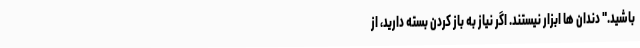
باشید." دندان ها ابزار نیستند. اگر نیاز به باز کردن بسته دارید، از